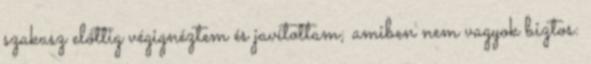
szakasz előttig végignéztem és javítottam; amiben nem vagyok biztos: